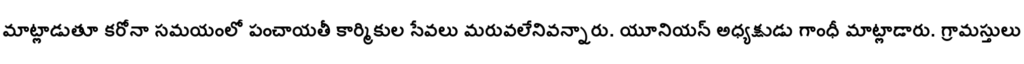
మాట్లాడుతూ కరోనా సమయంలో పంచాయతీ కార్మికుల సేవలు మరువలేనివన్నారు. యూనియన్ అధ్యక్షుడు గాంధీ మాట్లాడారు. గ్రామస్తులు